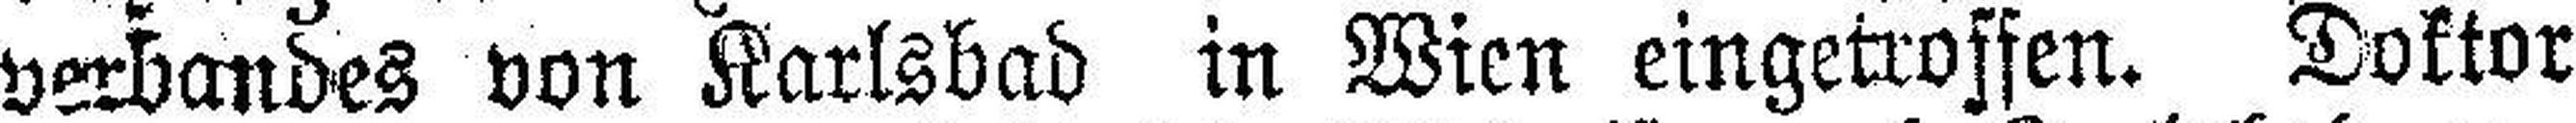
verbandes von Karlsbad in Wien eingetroffen. Doktor